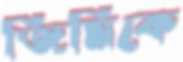
জিমিকে